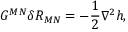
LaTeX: G ^ { M N } \delta R _ { M N } = - { \frac { 1 } { 2 } } \nabla ^ { 2 } h ,